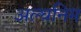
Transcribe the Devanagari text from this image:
अल्घनिम